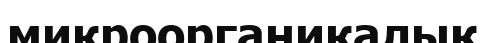
микроорганикалық